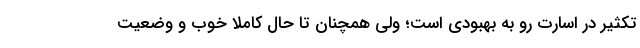
تکثیر در اسارت رو به بهبودی است؛ ولی همچنان تا حال کاملاً خوب و وضعیت